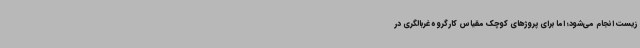
زیست انجام می‌شود؛ اما برای پروژهای کوچک مقیاس کارگروه غربالگری در